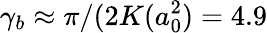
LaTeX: \gamma_{b}\approx\pi/(2K(a_{0}^{2})=4.9